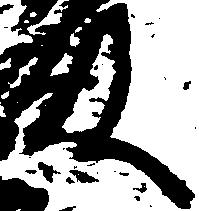
殿